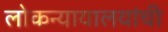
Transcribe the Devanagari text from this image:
लोकन्यायालयांची